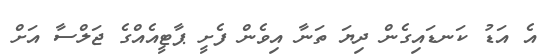
އެ އަޑު ކަނޑައިގެން ދިޔަ ތަނާ އިވެން ފެށީ ޕާޓީއެއްގެ ޖަލްސާ އަށް